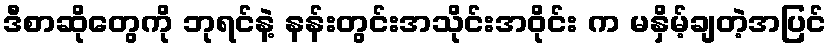
ဒီစာဆိုတွေကို ဘုရင်နဲ့ နန်းတွင်းအသိုင်းအဝိုင်း က မနှိမ့်ချတဲ့အပြင်